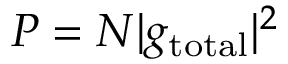
P = N | g _ { \mathrm { t o t a l } } | ^ { 2 }